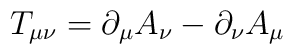
T_{\mu \nu }=\partial _\mu A_\nu -\partial _\nu A_\mu